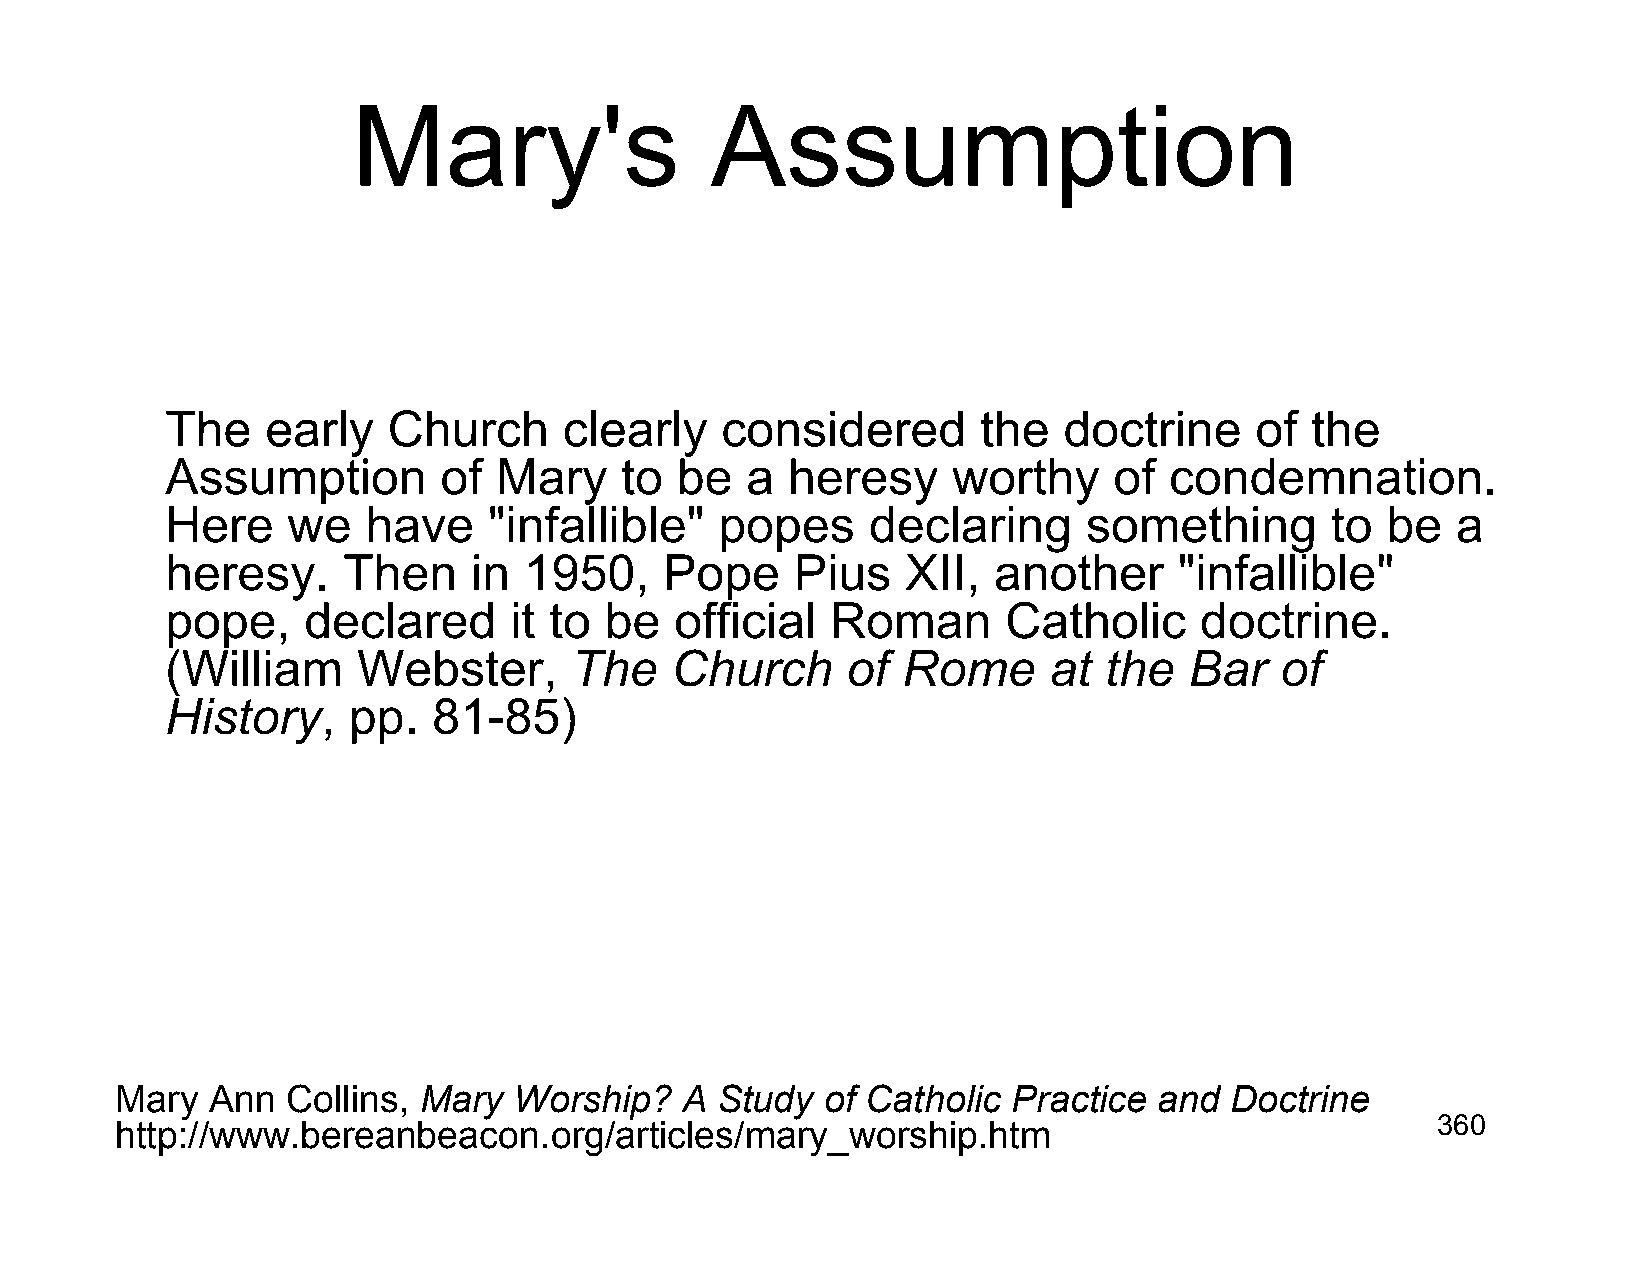
Mary's                  Assumption
 The    early   Church     clearly    considered       the  doctrine     of  the
 Assumption        of  Mary    to  be  a  heresy     worthy     of condemnation.
 Here    we   have    "infallible"    popes     declaring     something       to  be  a
 heresy.     Then    in  1950,    Pope     Pius   XII,  another     "infallible"
 pope,    declared      it to be   official  Roman       Catholic    doctrine.
 (William     Webster,      The   Church      of  Rome     at  the   Bar   of
 History,    pp.   81-85)
 Mary  Ann  Collins, Mary  Worship?   A Study   of Catholic Practice  and Doctrine
 http://www.bereanbeacon.org/articles/mary_worship.htm                                  360